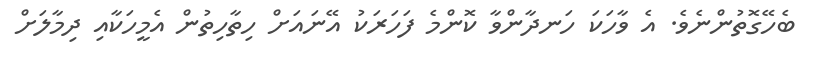
ބެހޭގޮތުންނެވެ. އެ ވާހަކަ ހަނދާންވާ ކޮންމެ ފަހަރަކު އޭނައަށް ހިތާހިތުން އެމީހަކާއި ދިމާލަށް